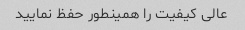
عالی کیفیت را همینطور حفظ نمایید